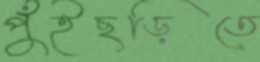
পুঁইছড়িতে